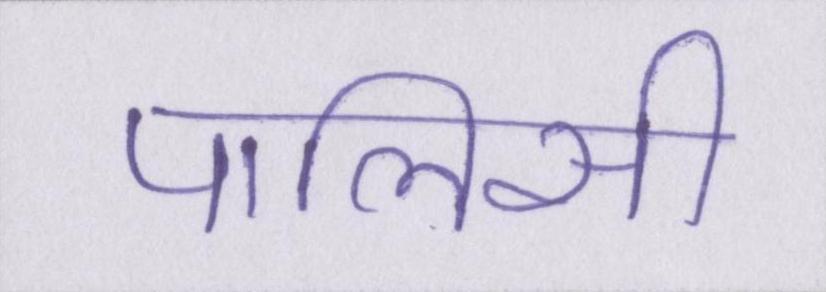
पालिसी